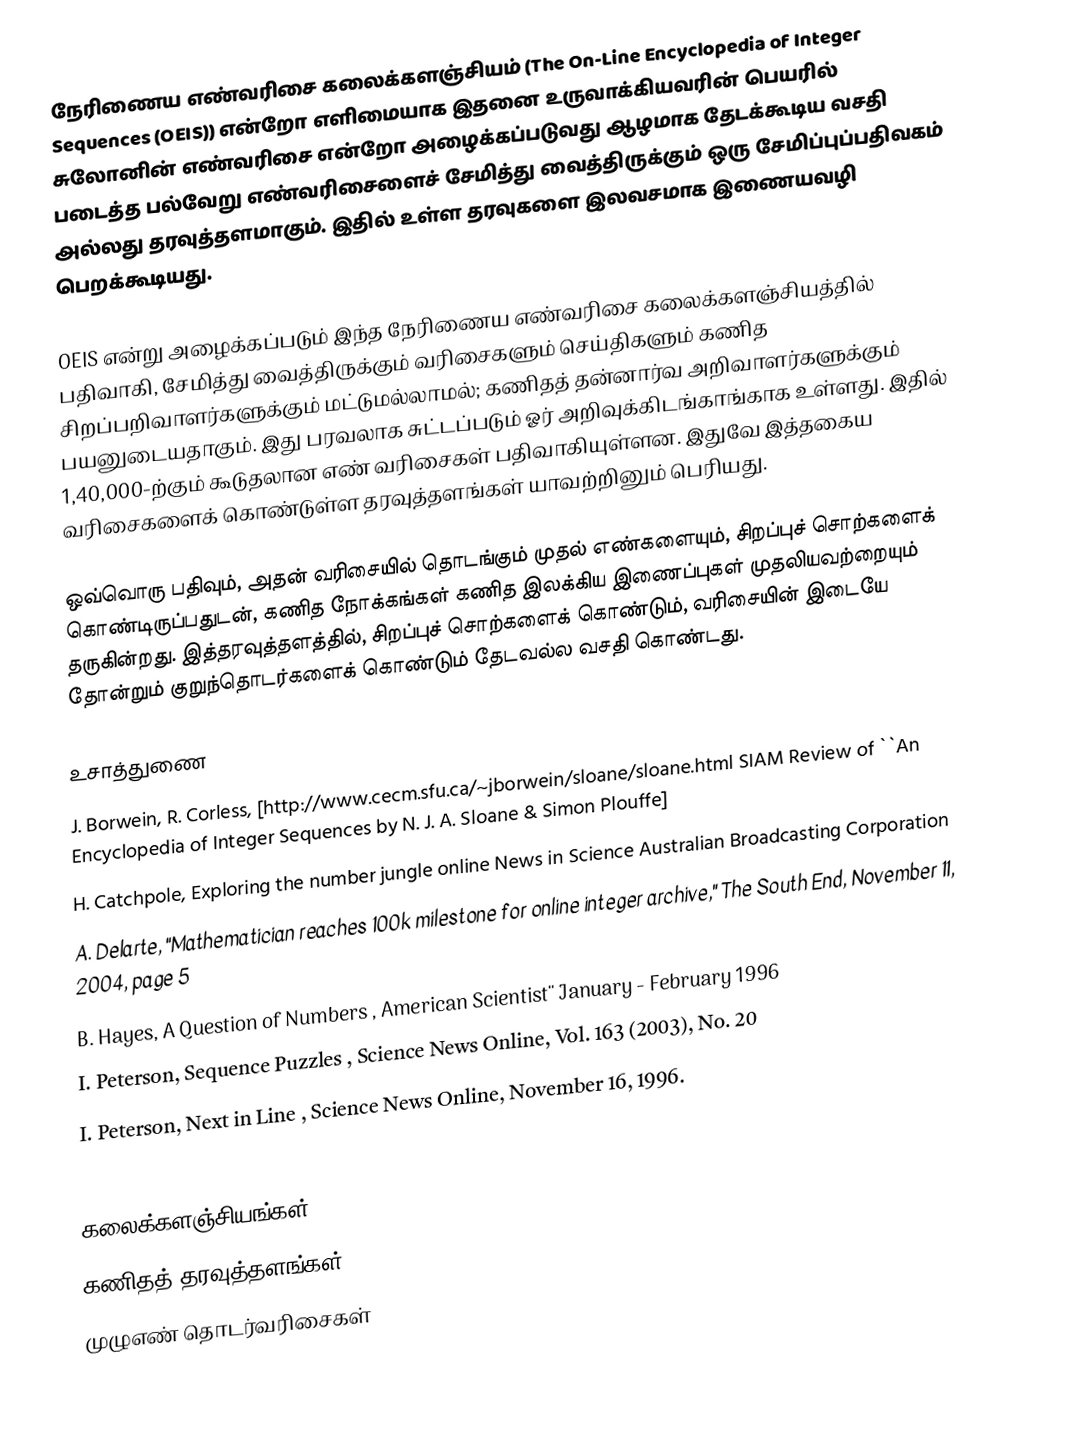
நேரிணைய எண்வரிசை கலைக்களஞ்சியம் (The On-Line Encyclopedia of Integer Sequences (OEIS)) என்றோ எளிமையாக இதனை உருவாக்கியவரின் பெயரில் சுலோனின் எண்வரிசை என்றோ அழைக்கப்படுவது ஆழமாக தேடக்கூடிய வசதி படைத்த பல்வேறு எண்வரிசைளைச் சேமித்து வைத்திருக்கும் ஒரு சேமிப்புப்பதிவகம் அல்லது தரவுத்தளமாகும். இதில் உள்ள தரவுகளை இலவசமாக இணையவழி பெறக்கூடியது.

OEIS என்று அழைக்கப்படும் இந்த நேரிணைய எண்வரிசை கலைக்களஞ்சியத்தில் பதிவாகி, சேமித்து வைத்திருக்கும் வரிசைகளும் செய்திகளும் கணித சிறப்பறிவாளர்களுக்கும் மட்டுமல்லாமல்; கணிதத் தன்னார்வ அறிவாளர்களுக்கும் பயனுடையதாகும். இது பரவலாக சுட்டப்படும் ஓர் அறிவுக்கிடங்காங்காக உள்ளது. இதில் 1,40,000-ற்கும் கூடுதலான எண் வரிசைகள் பதிவாகியுள்ளன. இதுவே இத்தகைய வரிசைகளைக் கொண்டுள்ள தரவுத்தளங்கள் யாவற்றினும் பெரியது.

ஒவ்வொரு பதிவும், அதன் வரிசையில் தொடங்கும் முதல் எண்களையும், சிறப்புச் சொற்களைக் கொண்டிருப்பதுடன், கணித நோக்கங்கள் கணித இலக்கிய இணைப்புகள் முதலியவற்றையும் தருகின்றது. இத்தரவுத்தளத்தில், சிறப்புச் சொற்களைக் கொண்டும், வரிசையின் இடையே தோன்றும் குறுந்தொடர்களைக் கொண்டும் தேடவல்ல வசதி கொண்டது.

உசாத்துணை
 J. Borwein, R. Corless, [http://www.cecm.sfu.ca/~jborwein/sloane/sloane.html SIAM Review of ``An Encyclopedia of Integer Sequences by N. J. A. Sloane & Simon Plouffe]
 H. Catchpole, Exploring the number jungle online News in Science Australian Broadcasting Corporation
 A. Delarte, "Mathematician reaches 100k milestone for online integer archive," The South End, November 11, 2004, page 5
 B. Hayes, A Question of Numbers , American Scientist'' January - February 1996
 I. Peterson, Sequence Puzzles , Science News Online, Vol. 163 (2003), No. 20
 I. Peterson, Next in Line , Science News Online, November 16, 1996.

கலைக்களஞ்சியங்கள்
கணிதத் தரவுத்தளங்கள்
முழுஎண் தொடர்வரிசைகள்